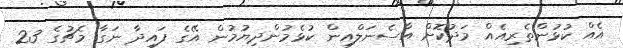
އެއް ކުޅުންތެރިއެއް މަދުކޮށް އާސެނަލްއިން ކުޅެމުންދިޔުމުން އޭގެ ފައިދާ ނަގާ މެޗުގެ 23